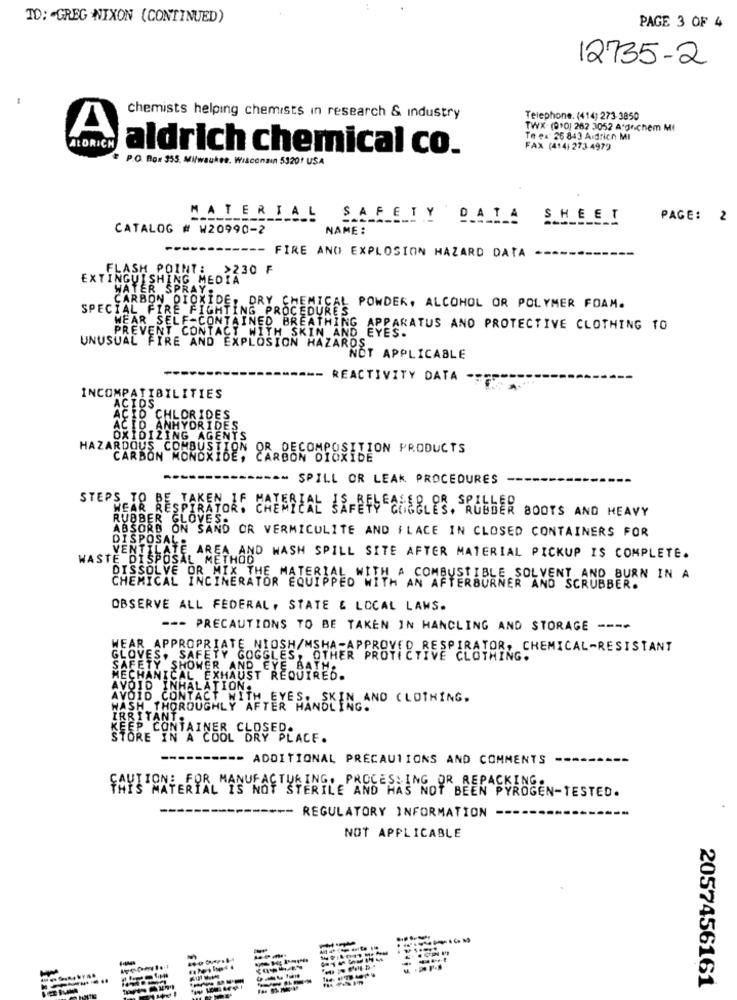
TO: - GREG NIXON (CONTINUED)
PAGE 3 OF 4
12735-2
chemists helping chemists in research & industry
Telephone. (414) 273 3850
TWX- (9>0) 282 3052 Argnichem MI
A
Te ex 26 843 Andrich MI
ALDRICH
aldrich chemical co.
FAX (414) 273 4979
P.O. Box 355. Milwaukee, Wisconsin 53201 USA
MATERIAL
-----
SAFETY DATA
SHEET
PAGE: 2
CATALOG # W20990-2
NAME:
- FIRE AND EXPLOSION HAZARD DATA
FLASH POINT :
>230 F
EXTINGUISHING MEDIA
WATER SPRAY
SPECIAL FIR
CARBON DIOXIDE, DRY CHEMICAL POWDER, ALCOHOL OR POLYMER FOAM.
FIRE FIGHTING PROCEDURES
WEAR SELF-CONTAINED BREATHING APPARATUS AND PROTECTIVE CLOTHING TO
PREVENT CONTACT WITH SKIN AND EYES.
UNUSUAL FIRE AND EXPLOSION HAZARDS
NOT APPLICABLE
- REACTIVITY DATA
INCOMPATIBILITIES
AC
ACIDS
ACID CHLORIDES
ACID ANHYDRIDES
OXIDIZING AGENTS
DECOMPOSITION PRODUCTS
HAZARDOUS COMBUSTION CARBON DIOXIDE
CARBON MONOXIDE, CA
--- SPILL OR LEAK PROCEDURES
STEPS TO BE TAKEN IF MATERIAL SAFETY CHEGLES, RUBBER BOOTS AND HEAVY
WEAR RESPIRATOR!
RUBBER GLOVES.
ABSORD ON SAND OR VERMICULITE AND I LACE IN CLOSED CONTAINERS FOR
DISPOSAL
WASTE DISPOSAL METHOD
VENTILATE AREA AND WASH SPILL SITE AFTER MATERIAL PICKUP IS COMPLETE.
DISSOLVE OR MIX THE MATERIAL WITH A COMBUSTIBLE SOLVENT AND BURN IN A
CHEMICAL INCINERATOR EQUIPPED WITH AN AFTERBURNER AND SCRUBBER.
OBSERVE ALL FEDERAL, STATE & LOCAL LAWS.
=== PRECAUTIONS TO BE TAKEN IN HANDLING AND STORAGE ----
WEAR APPROPRIATE NIOSH/MSHA-APPROVED RESPIRATOR, CHEMICAL-RESISTANT
GLOVES, SAFETY GOGGLES, OTHER PROTECTIVE CLOTHING.
SAFETY SHOWER AND EYE BAT
MECHANICAL EXHAUST REQUIRES.
AVOID INHALATION.
AVOID
CONTACT WITH EYES. SKIN AND CLOTHING.
HASH THOROUGHLY AFTER HAN
IRRITANT .
KEEP CONTAINER CLOSED.
STORE IN A COOL DRY PLACE.
--
------- ADDITIONAL PRÉCAUTIONS AND COMMENTS
FAYTION: FOR MANUFACTURING. PROCES ING OR REPACKING.
STERILE AND HAS NOT BEEN PYROGEN-TESTED.
*+- REGULATORY INFORMATION
NOT APPLICABLE
-----
2057456161